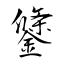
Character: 鎥